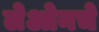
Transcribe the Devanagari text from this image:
लेओनचे